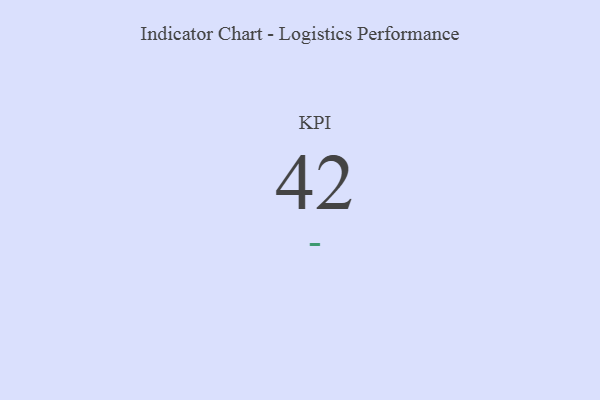
{"axis": {"x": "KPI", "y": "Value"}, "legend": [""], "data": [{"x": "KPI", "y": 42, "type": ""}]}